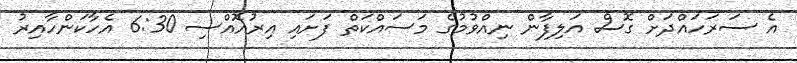
އެ ސަރަހައްދަށް ގޮސް އަލިފާން ނިއްވުމުގެ މަސައްކަތް ފަށައި އިރުއޮއްސި 6:30 އެހާކަންހާއިރު